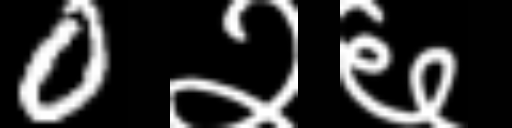
Text: 0२६